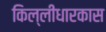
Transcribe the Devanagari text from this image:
किल्लीधारकास